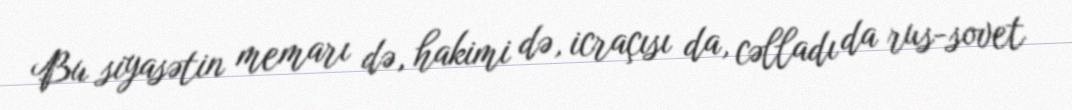
Bu siyasətin memarı də, hakimi də, icraçısı da, cəlladı da rus-sovet